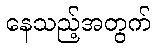
နေသည့်အတွက်